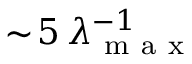
\sim \! 5 \, \lambda _ { \mathrm { ~ m ~ a ~ x ~ } } ^ { - 1 }